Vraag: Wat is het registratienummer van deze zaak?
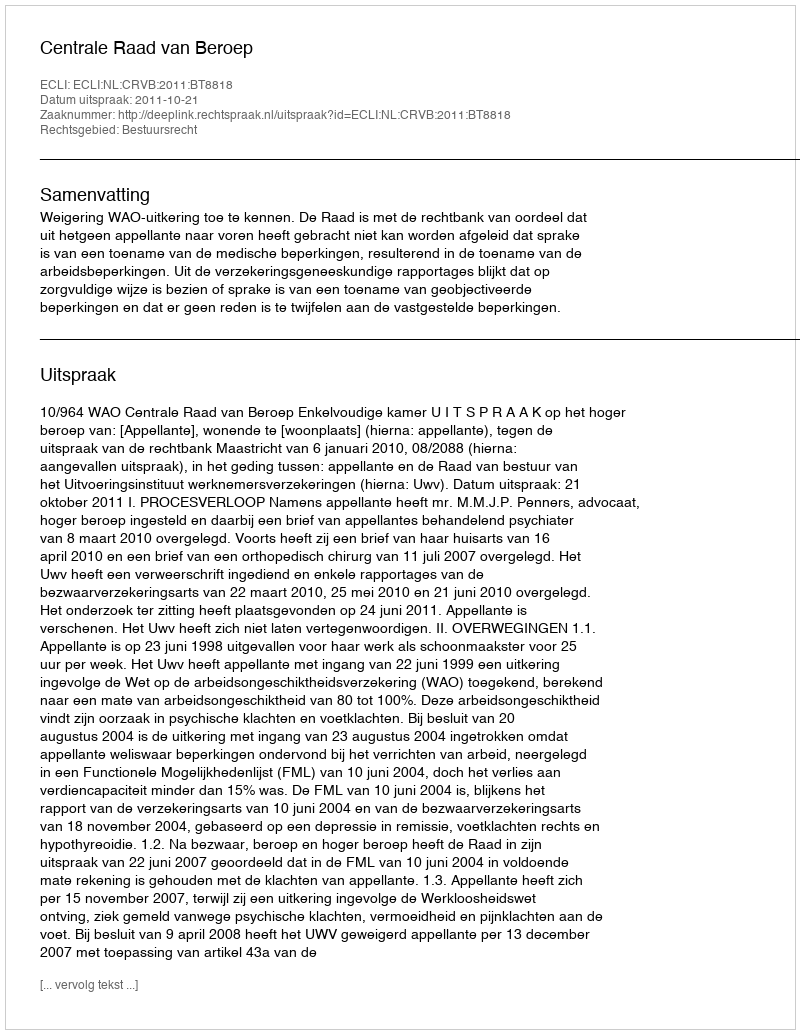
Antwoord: http://deeplink.rechtspraak.nl/uitspraak?id=ECLI:NL:CRVB:2011:BT8818